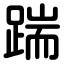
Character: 踹